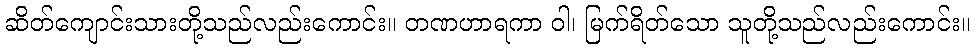
ဆိတ်ကျောင်းသားတို့သည်လည်းကောင်း။ တဏဟာရကာ ဝါ၊ မြက်ရိတ်သော သူတို့သည်လည်းကောင်း။